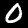
Digit: 0